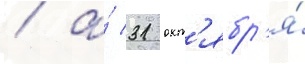
/ а́ 31 окт'ябр'я́